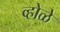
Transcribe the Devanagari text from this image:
व्होळे